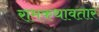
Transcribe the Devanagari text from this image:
रामकथावतार